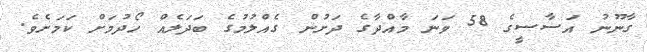
ގާނޫނު އަސާސީގެ 58 ވަނަ މާއްދާގެ ދަށުން ގެއްލުމުގެ ބަދަލެއް ހޯދުމަށް ކަމަށެވެ.